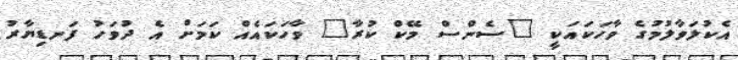
އެކުލަވާލުމުގެ ވާހަކައަކީ "ސެންސް މޭކް ކުރާ" ވާހަކައެއް ކަމަށް އެ ދުވަހު ފަނޑިޔާރު